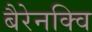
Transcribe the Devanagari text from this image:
बैरेनक्वि